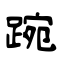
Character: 踠